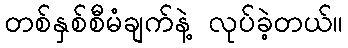
တစ်နှစ်စီမံချက်နဲ့ လုပ်ခဲ့တယ်။